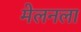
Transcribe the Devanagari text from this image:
मेलनला